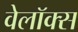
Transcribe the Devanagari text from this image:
वेलॉक्स